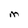
Character: M